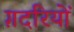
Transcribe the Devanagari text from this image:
ग़दरियों